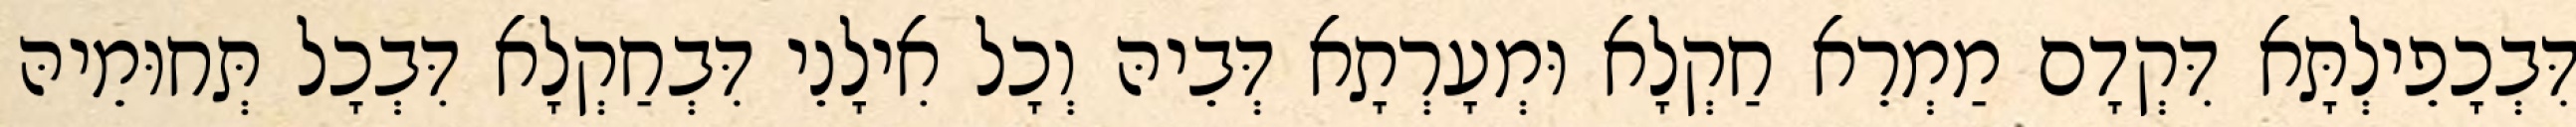
דִּבְכָפֵילְתָּא דִּקְדָם מַמְרֵא חַקְלָא וּמְעָרְתָא דְּבֵיהּ וְכָל אִילָנֵי דִּבְחַקְלָא דִּבְכָל תְּחוּמֵיהּ